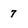
Character: 7